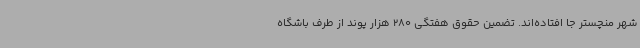
شهر منچستر جا افتاده‌اند. تضمین حقوق هفتگی 280 هزار پوند از طرف باشگاه